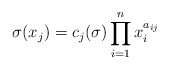
\begin{align*}\sigma(x_j)=c_j(\sigma)\prod_{i=1}^n x_i^{a_{ij}}\end{align*}